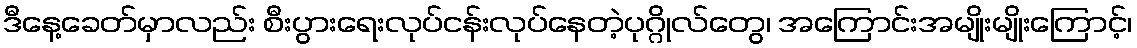
ဒီနေ့ခေတ်မှာလည်း စီးပွားရေးလုပ်ငန်းလုပ်နေတဲ့ပုဂ္ဂိုလ်တွေ၊ အကြောင်းအမျိုးမျိုးကြောင့်၊